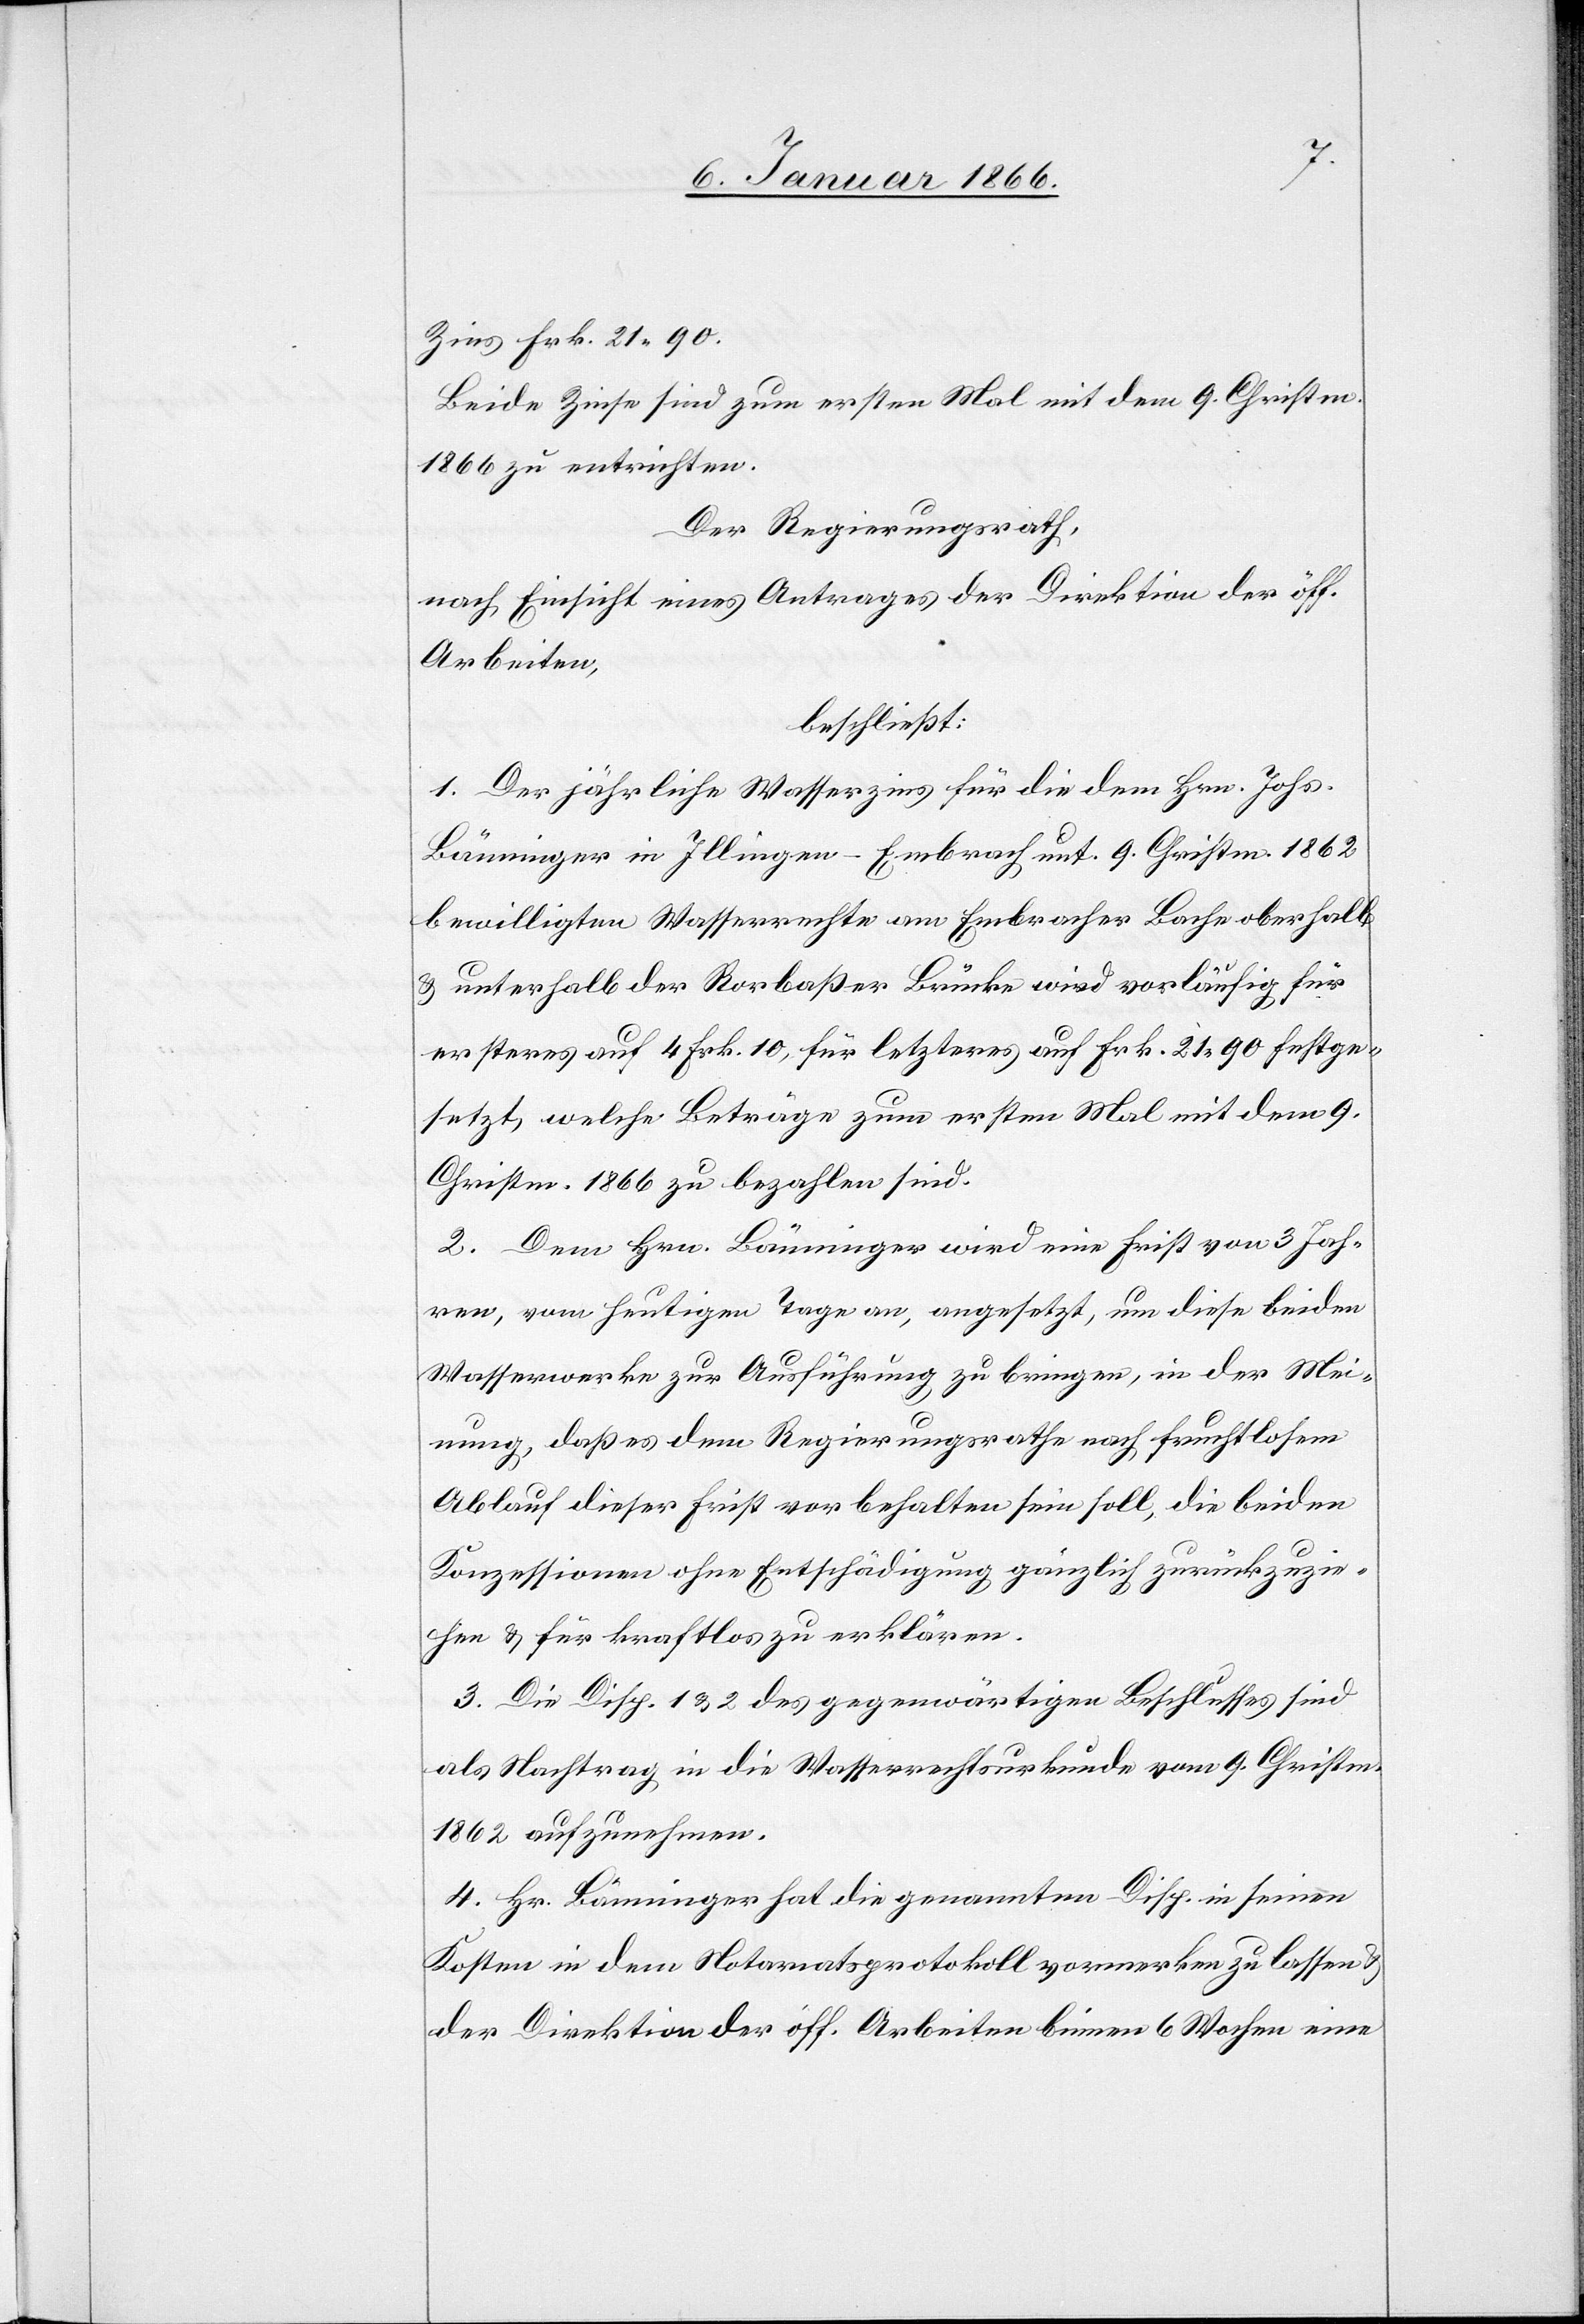
Zins Frk. 21 90.
Beide Zinse sind zum ersten Mal mit dem 9. Christm.
1866 zu entrichten.
Der Regierungsrath,
nach Einsicht eines Antrages der Direktion der öff.
Arbeiten,
beschließt:
1. Der jährliche Wasserzins für die dem Hrn. Johs.
Bänninger in Illingen - Embrach unt. 9. Christm. 1862
bewilligten Wasserrechte am Embracher Bache oberhalb
u. unterhalb der Rorbaßer Brücke wird vorläufig für
ersteres auf 4 Frk. 10, für letzteres auf Frk. 21 90 festge¬
setzt, welche Beträge zum ersten Mal mit dem 9.
Christm. 1966 zu bezahlen sind.
2. Dem Hrn. Bänninger wird eine Frist von 3 Jah¬
ren, vom heutigen Tage an, angesetzt, um diese beiden
Wasserwerke zur Ausführung zu bringen, in der Mei¬
nung, daß es dem Regierungsrathe nach fruchtlosem
Ablauf dieser Frist vor behalten sein soll, die beiden
Konzessionen ohne Entschädigung gänzlich zurückzuzie¬
hen u. für kraftlos zu erklären.
3. Die Disp. 1 u. 2 des gegenwärtigen Beschlußes sind
als Nachtrag in die Wasserrechtsurkunde vom 9. Christm.
1862 aufzunehmen.
4. Hr. Bänninger hat die genannten Disp, in seinen
Kosten in dem Notariatsprotokoll vormerken zu lassen u.
der Direktion der öff. Arbeiten binnen 6 Wochen eine